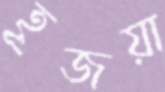
হূজয়া